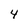
Character: 4